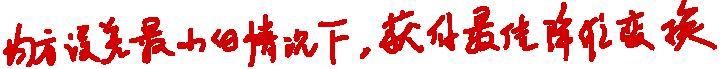
在误差最小的情况下，获得最优降维变换